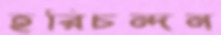
হরিচন্দন